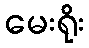
မေးရိုး